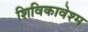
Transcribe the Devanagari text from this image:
शिविकावेश्म